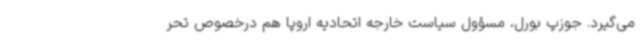
می‌گیرد. جوزپ بورل، مسؤول سیاست خارجه اتحادیه اروپا هم درخصوص تحر